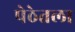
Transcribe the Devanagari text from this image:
पेठेतला